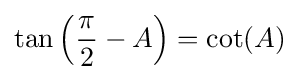
\tan \left({\frac {\pi }{2}}-A\right)=\cot(A)